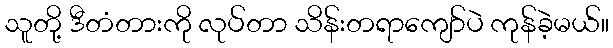
သူတို့ ဒီတံတားကို လုပ်တာ သိန်းတရာကျော်ပဲ ကုန်ခဲ့မယ်။